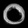
Digit: ၀